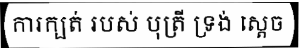
ការក្បត់ របស់ បុត្រី ទ្រង់ ស្តេច